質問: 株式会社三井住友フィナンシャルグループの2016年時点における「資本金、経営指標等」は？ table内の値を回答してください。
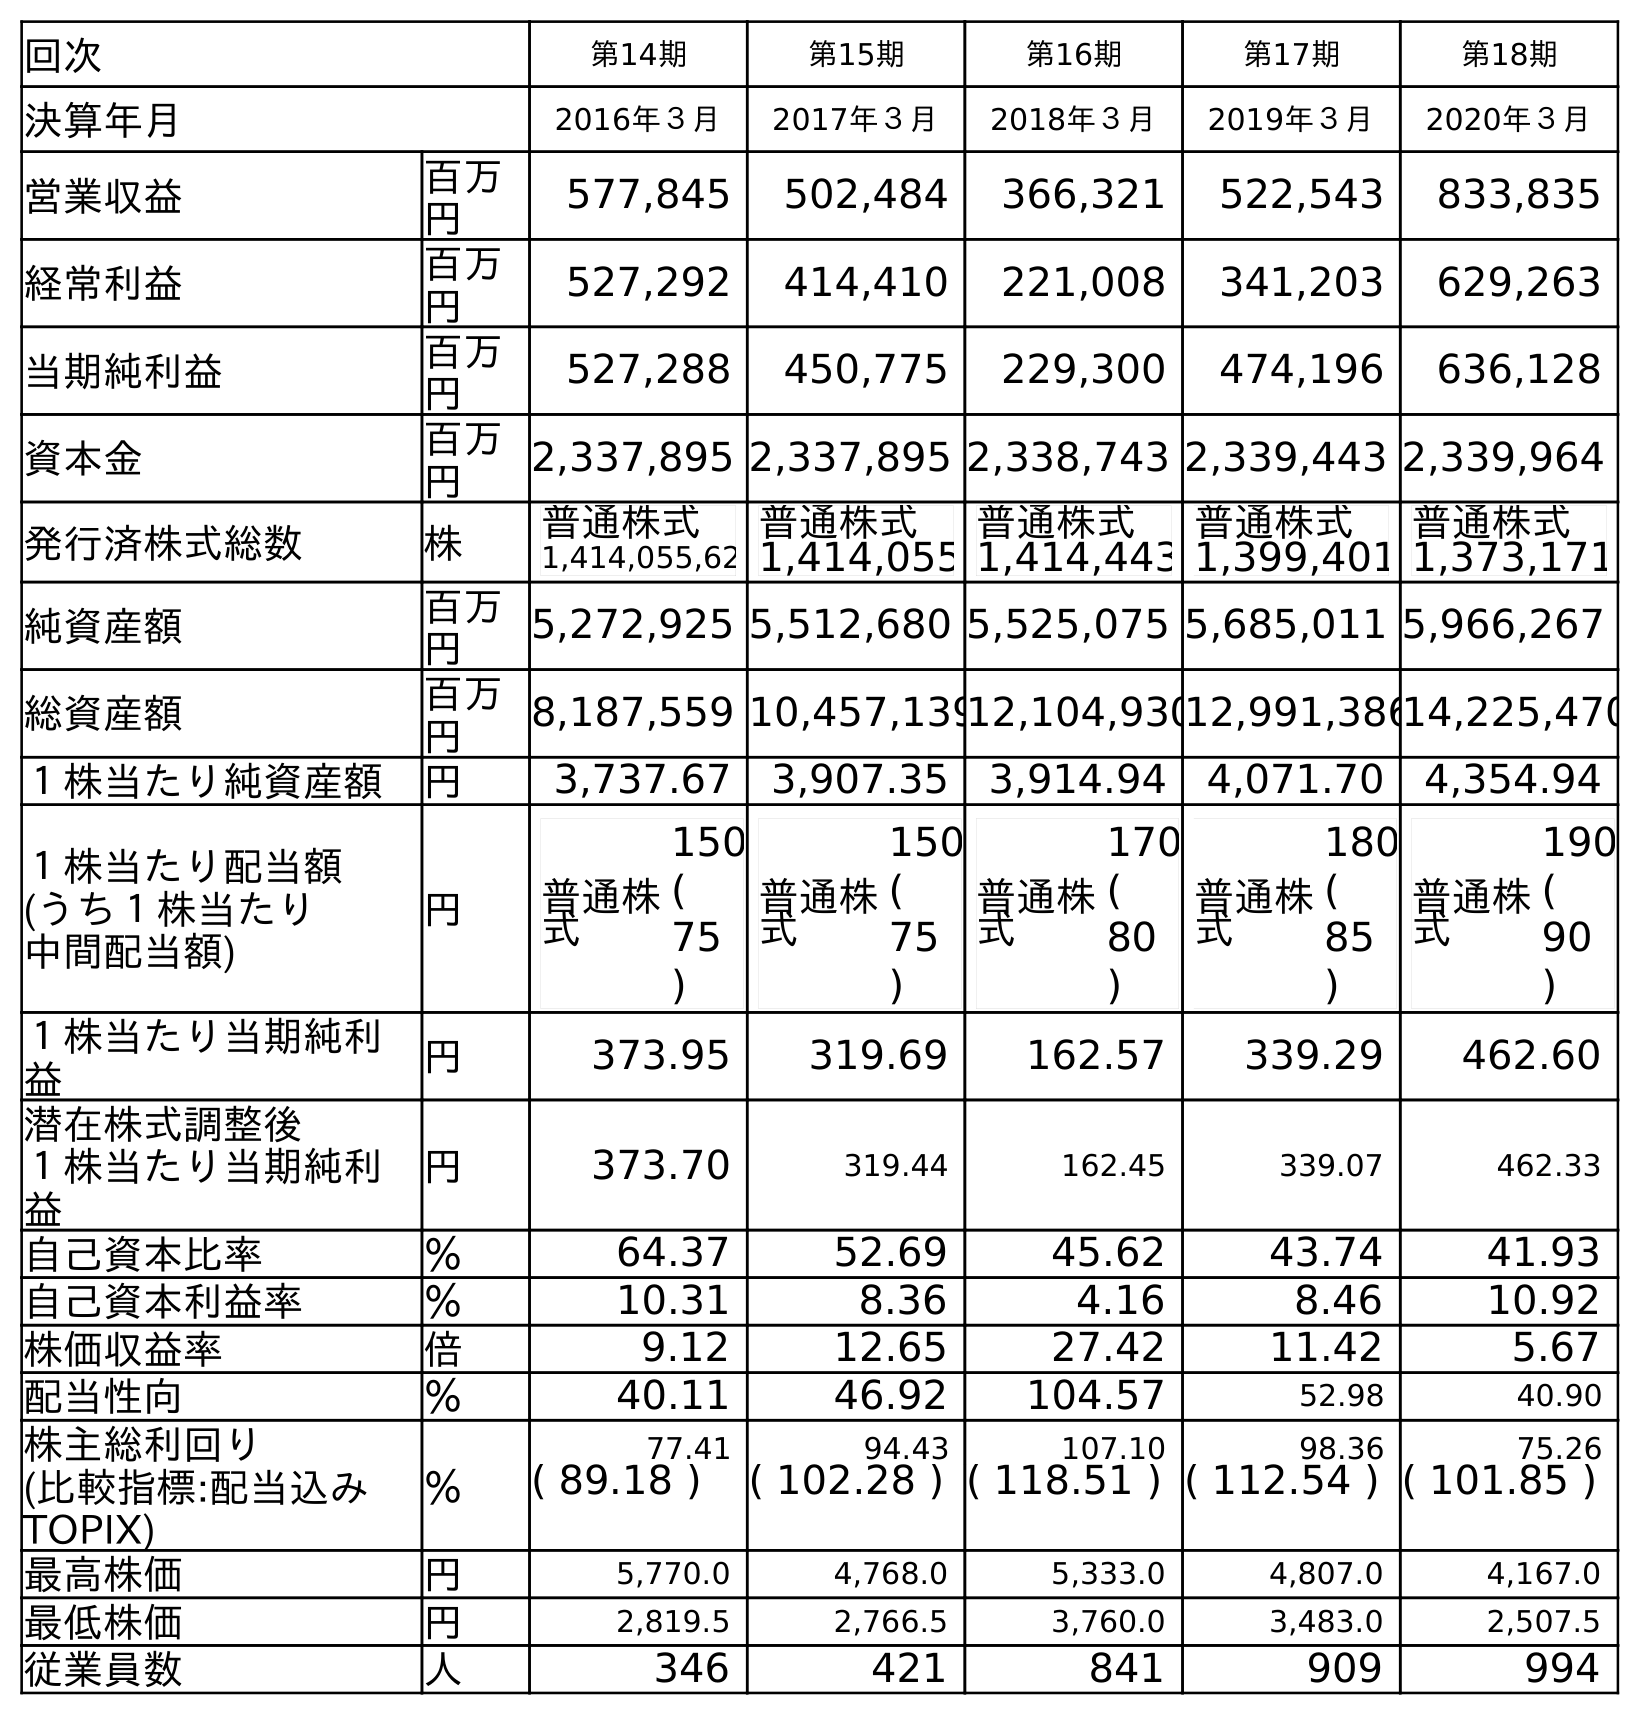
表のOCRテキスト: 回次 第14期 第15期 第16期 第17期 第18期 決算年月 2016年３月 2017年３月 2018年３月 2019年３月 2020年３月 営業収益 百万 円 577,845 502,484 366,321 522,543 833,835 経常利益 百万 円 527,292 414,410 221,008 341,203 629,263 当期純利益 百万 円 527,288 450,775 229,300 474,196 636,128 資本金 百万 円 2,337,895 2,337,895 2,338,743 2,339,443 2,339,964 発行済株式総数 株 普通株式 1,414,055,62 普通株式 1,414,055 普通株式 1,414,443 普通株式 1,399,401 普通株式 1,373,171 純資産額 百万 円 5,272,925 5,512,680 5,525,075 5,685,011 5,966,267 総資産額 百万 円 8,187,559 10,457,13912,104,93012,991,38614,225,470 １株当たり純資産額 円 3,737.67 3,907.35 3,914.94 4,071.70 4,354.94 １株当たり配当額 (うち１株当たり 中間配当額) 円 普通株 式 150 ( 75 ) 普通株 式 150 ( 75 ) 普通株 式 170 ( 80 ) 普通株 式 180 ( 85 ) 普通株 式 190 ( 90 ) １株当たり当期純利 益 円 373.95 319.69 162.57 339.29 462.60 潜在株式調整後 １株当たり当期純利 益 円 373.70 319.44 162.45 339.07 462.33 自己資本比率 ％ 64.37 52.69 45.62 43.74 41.93 自己資本利益率 ％ 10.31 8.36 4.16 8.46 10.92 株価収益率 倍 9.12 12.65 27.42 11.42 5.67 配当性向 ％ 40.11 46.92 104.57 52.98 40.90 株主総利回り ％ 77.41 94.43 107.10 98.36 75.26 (比較指標:配当込み TOPIX) ( 89.18 ) ( 102.28 ) ( 118.51 ) ( 112.54 ) ( 101.85 ) 最高株価 円 5,770.0 4,768.0 5,333.0 4,807.0 4,167.0 最低株価 円 2,819.5 2,766.5 3,760.0 3,483.0 2,507.5 従業員数 人 346 421 841 909 994
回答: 2,337,895